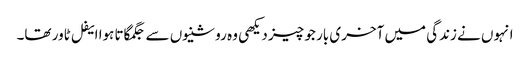
انہوں نے زندگی میں آخری بار جو چیز دیکھی وہ روشنیوں سے جگمگاتا ہوا ایفل ٹاور تھا۔